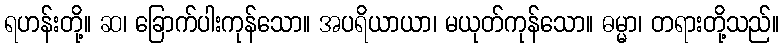
ရဟန်းတို့။ ဆ၊ ခြောက်ပါးကုန်သော။ အပရိယာယာ၊ မယုတ်ကုန်သော။ ဓမ္မာ၊ တရားတို့သည်။